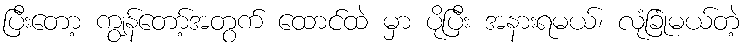
ပြီးတော့ ကျွန်တော့်အတွက် ထောင်ထဲ မှာ ပိုပြီး အနားရမယ်၊ လုံခြုံမယ်တဲ့